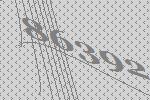
86392